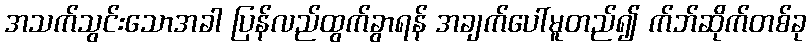
အသက်သွင်းသောအခါ ပြန်လည်ထွက်ခွာရန် အချက်ပေါ်မူတည်၍ က်ဘ်ဆိုက်တစ်ခု